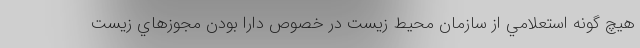
هيچ گونه استعلامي از سازمان محيط زيست در خصوص دارا بودن مجوزهاي زيست